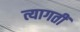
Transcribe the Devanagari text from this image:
त्यागतीं